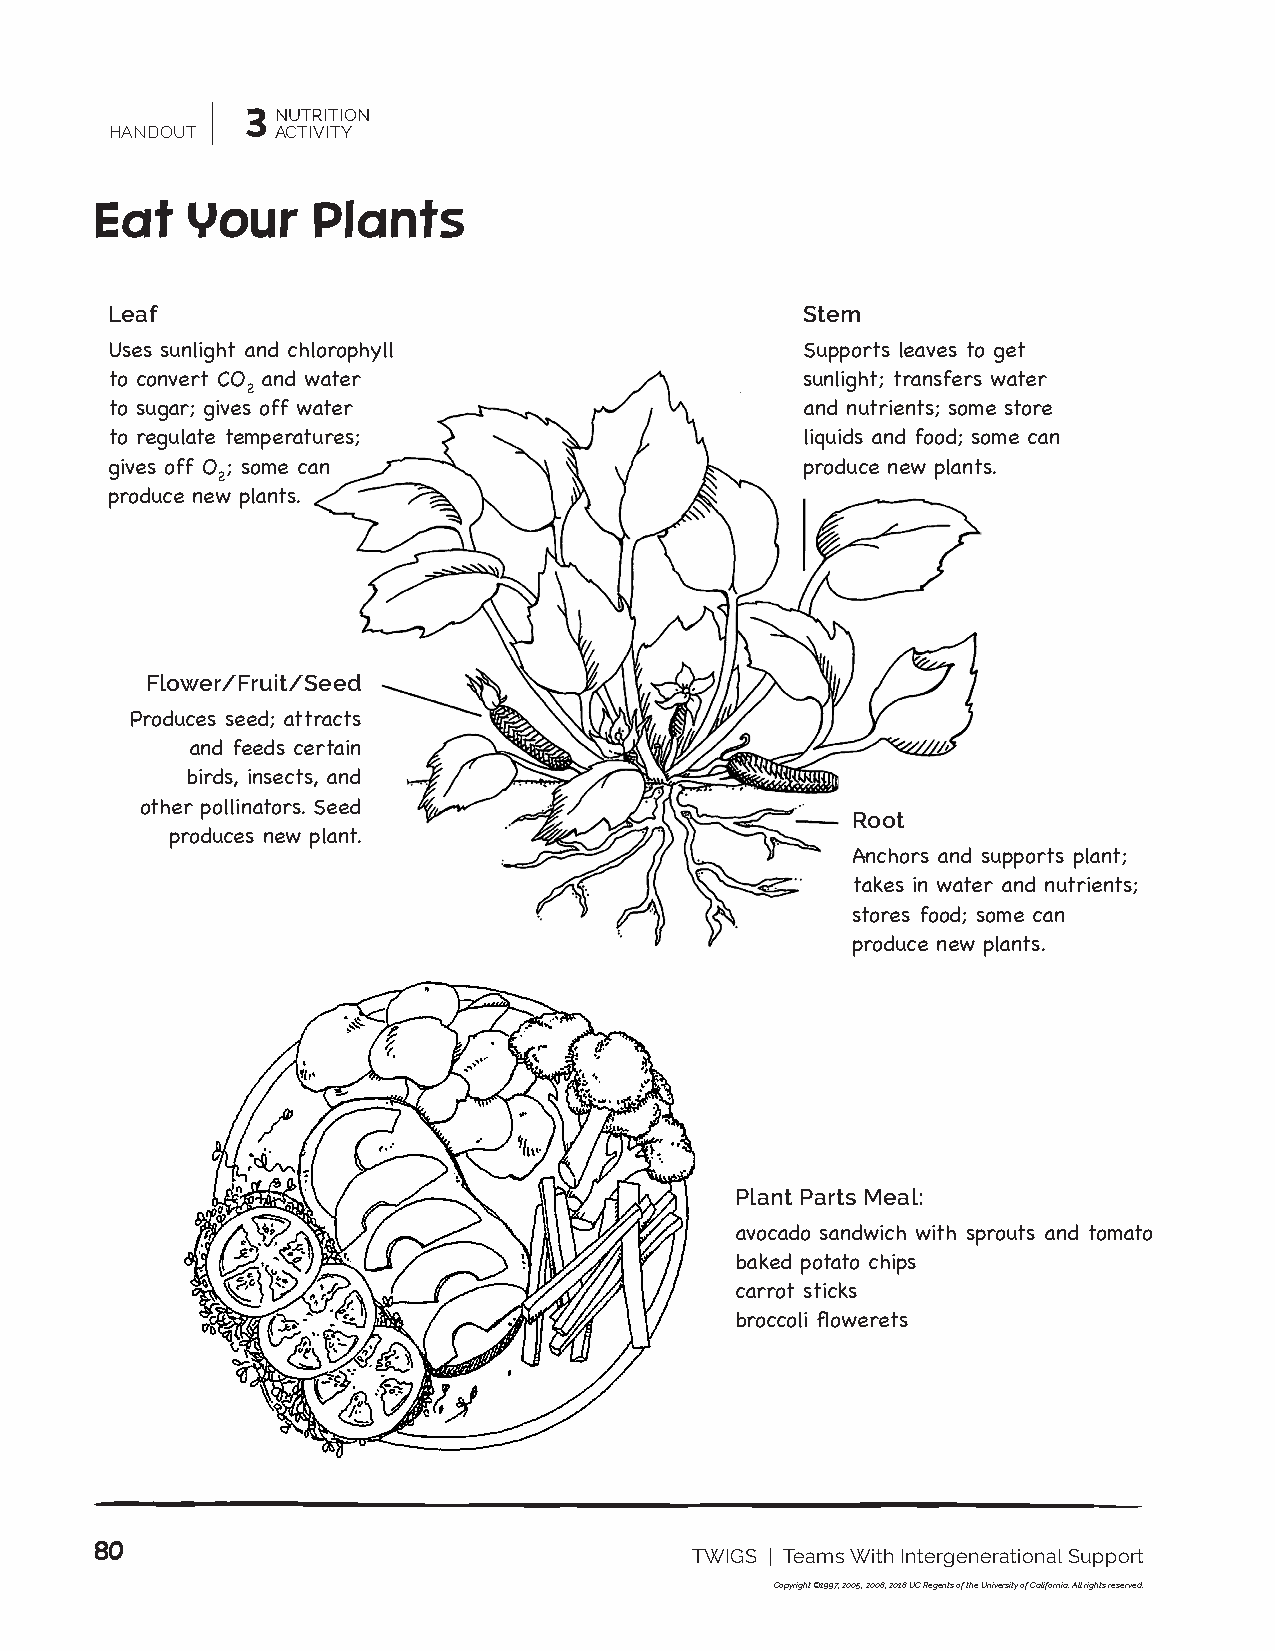
3 NUTRITION
 HANDOUT    ACTIVITY
 Eat   Your     Plants
 Leaf                                          Stem
 Uses sunlight and chlorophyll                 Supports leaves to get
 to convert CO and water                       sunlight; transfers water
 2
 to sugar; gives off water                     and nutrients; some store
 to regulate temp eratures;                    liquids and food; some can
 gives off O ; some can                        produce new plants.
 2
 produce new plants.
 Flower/Fruit/Seed
 Produces seed; attracts
 and feeds certain
 birds, insects, and
 other pollinators. Seed
 Root
 produces new plant.
 Anchors and supports plant;
 takes in water and nutrients;
 stores food; some can
 produce new plants.
 Plant Parts Meal:
 avocado sandwich with sprouts and tomato
 baked potato chips
 carrot sticks
 broccoli flowerets
 80
 TWIGS | Teams With Intergenerational Support
 Copyright ©1997, 2005, 2008, 2018 UC Regents of the University of California. All rights reserved.